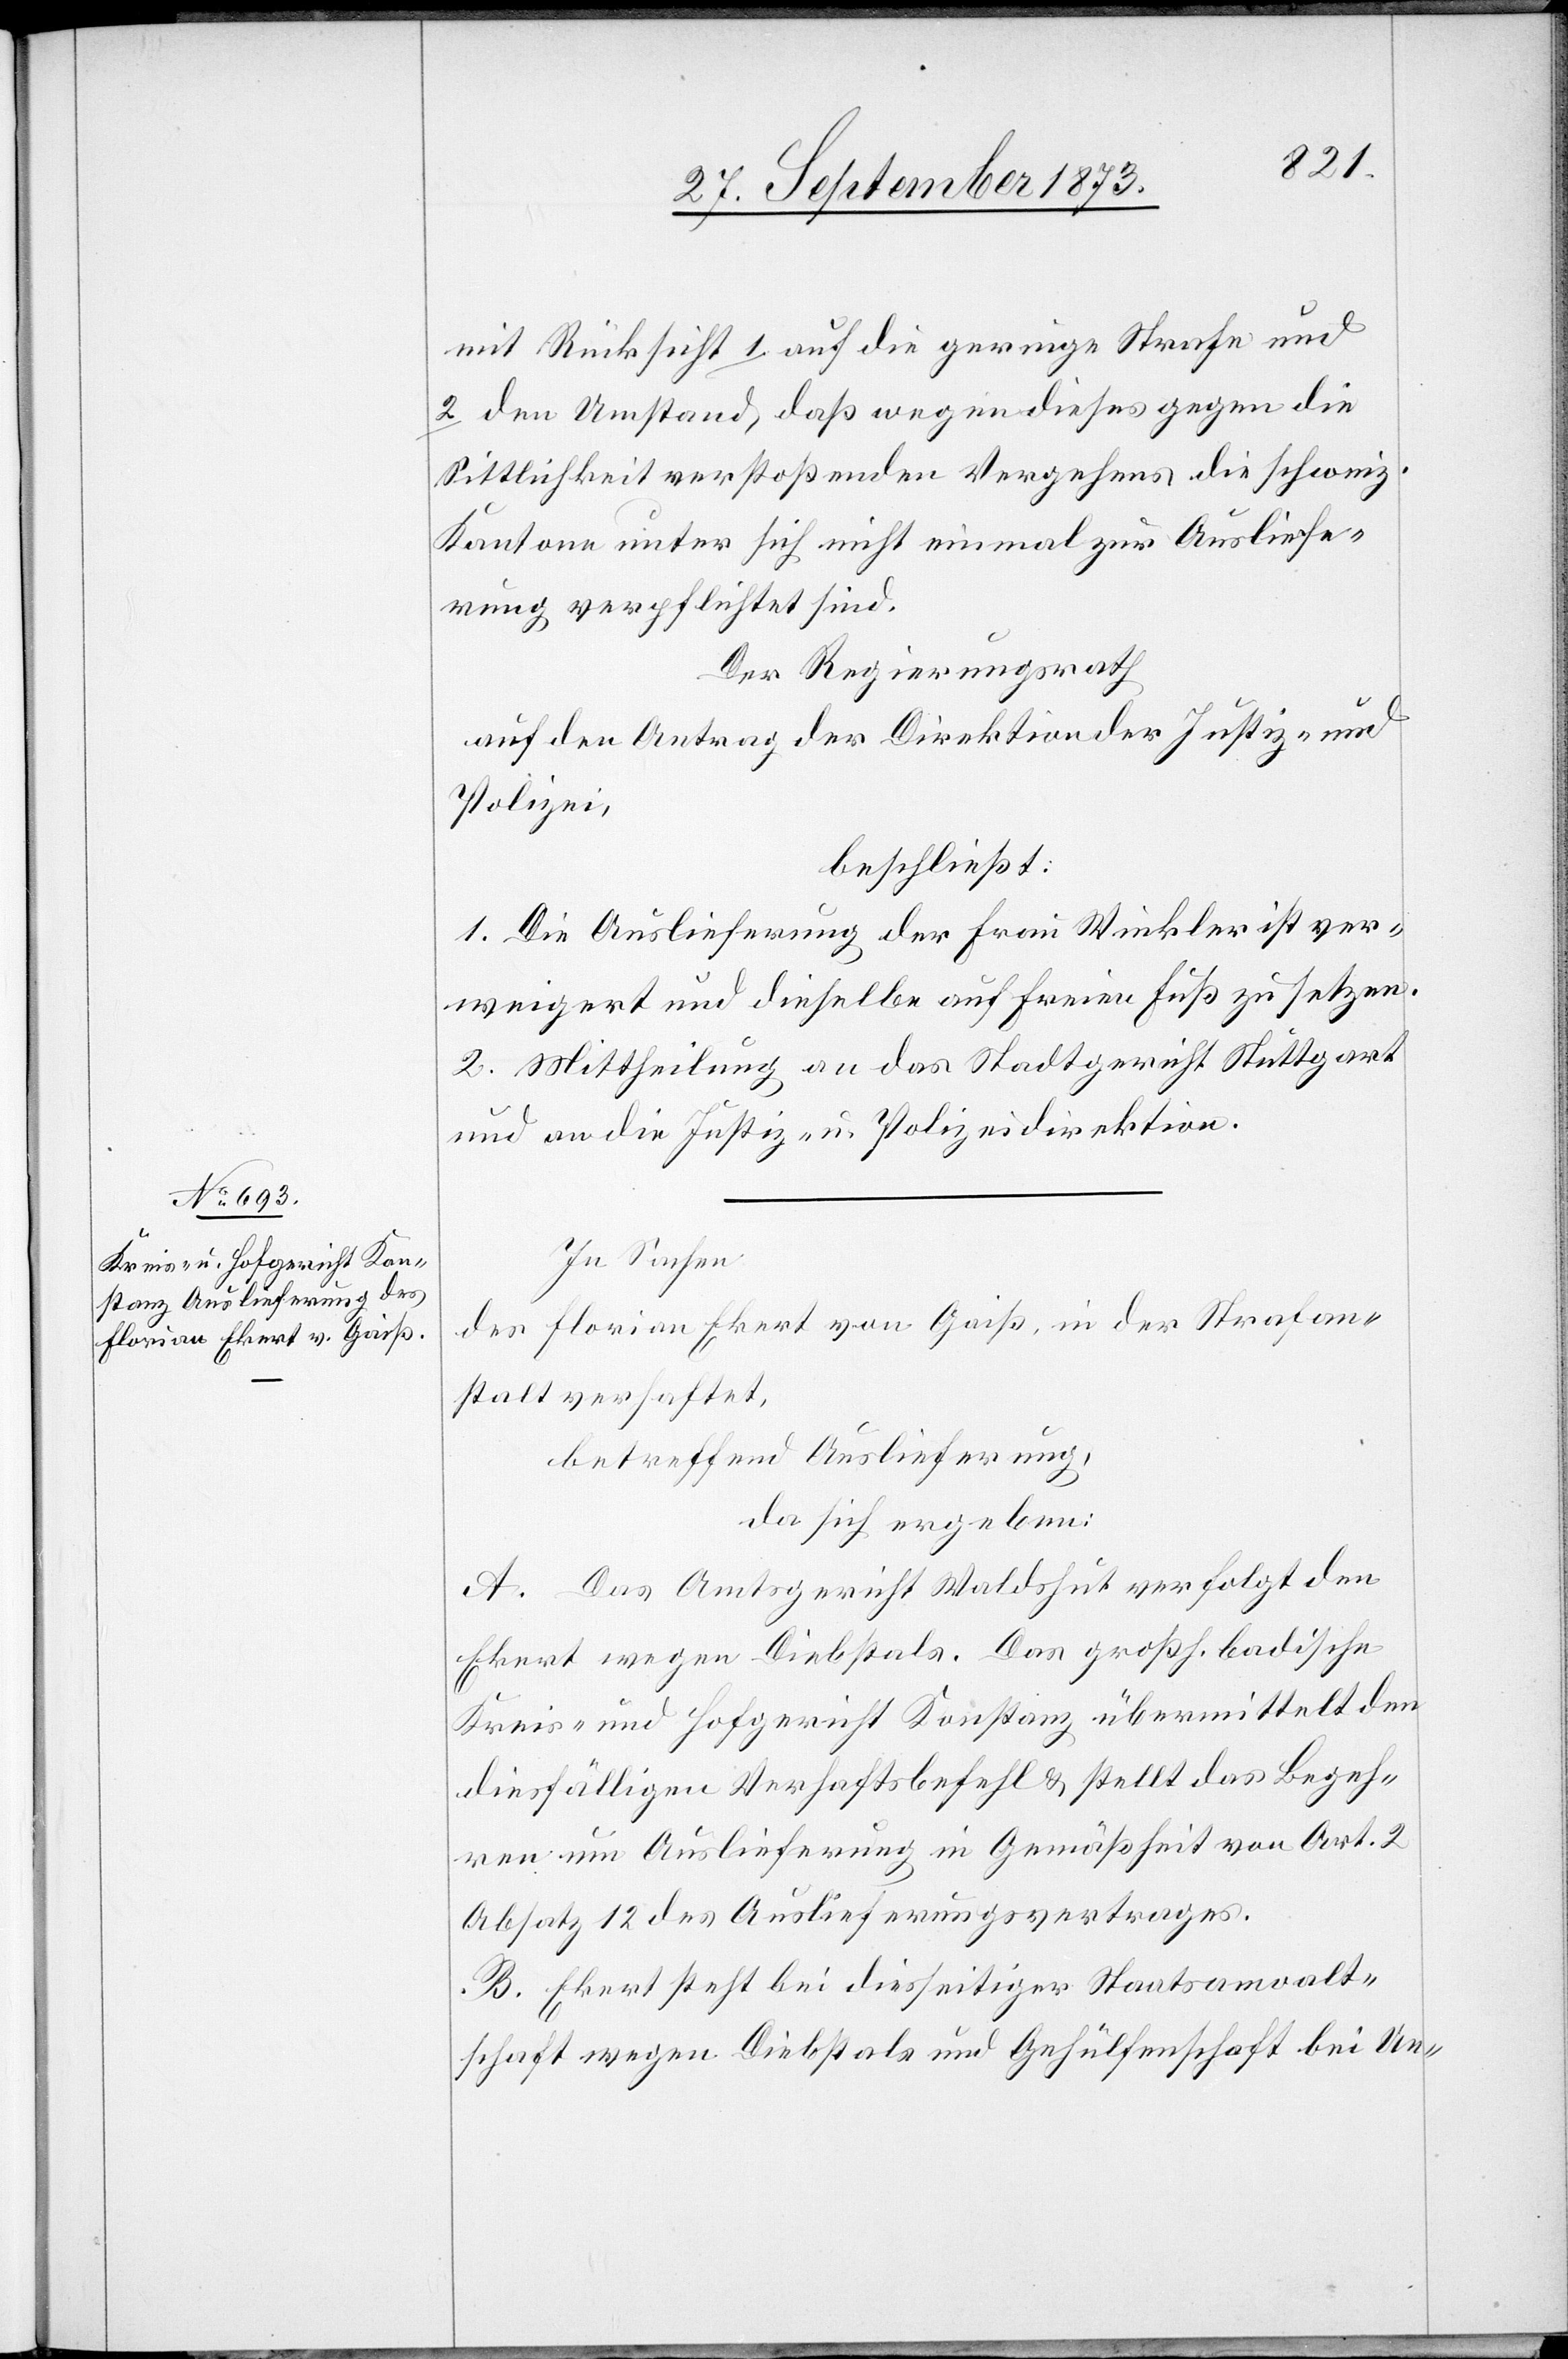
mit Rücksicht 1 auf die geringe Strafe und
2 den Umstand, daß wegen dieses gegen die
Sittlichkeit verstoßenden Vergehens die schweiz.
Kantone unter sich nicht einmal zur Ausliefe¬
rung verpflichtet sind.
Der Regierungsrath
auf den Antrag der Direktion der Justiz und
Polizei,
beschließt:
1. Die Auslieferung der Frau Winkler ist ver¬
weigert und dieselbe auf freien Fuß zu setzen.
2. Mittheilung an das Stadtgericht Stuttgart
und an die Justiz- u. Polizeidirektion.
In Sachen
des Florian Ekert von Gaiß, in der Strafan¬
stalt verhaftet,
betreffend Auslieferung,
da sich ergeben:
A. Das Amtsgericht Waldshut verfolgt den
Ekert wegen Diebstals. Das großh. badische
Kreis- und Hofgericht Konstanz übermittelt den
diesfälligen Verhaftsbefehl & stellt das Begeh¬
ren um Auslieferung in Gemäßheit von Art. 2
Absatz 12 des Auslieferungsvertrages.
B. Ekert steht bei diesseitiger Staatsanwalt¬
schaft wegen Diebstals und Gehülfenschaft bei Un-